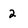
Character: 2